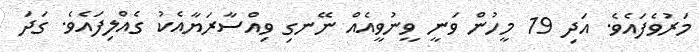
މަރުވެފައެވެ. އަދި 19 މީހުން ވަނީ ވީނުވީއެއް ނޭނގި ވިއްސާރަޔާއެކު ގެއްލިފައެވެ. ގަދަ